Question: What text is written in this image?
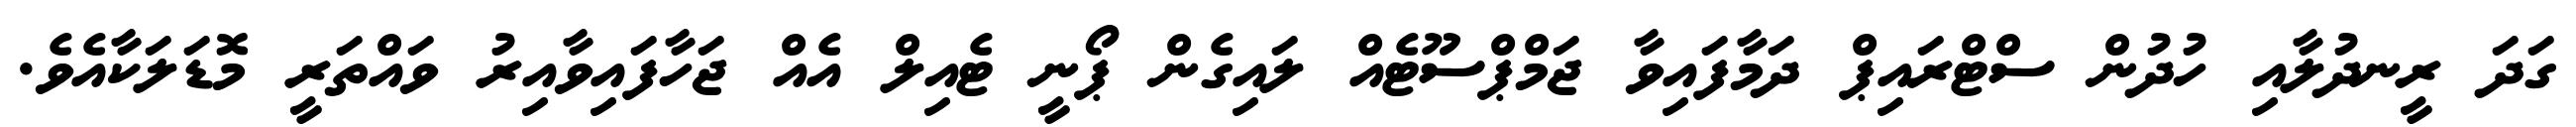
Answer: ގަދަ ރީނދުލާއި ހުދުން ސްޓްރައިޕް ދަމާފައިވާ ޖަމްޕްސޫޓެއް ލައިގެން ޕޯނީ ޓެއިލް އެއް ޖަހާފައިވާއިރު ވައްތަރީ މޮޑަލަކާއެވެ.